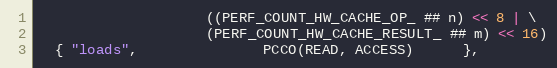
Language: C++
                    ((PERF_COUNT_HW_CACHE_OP_ ## n) << 8 | \
                    (PERF_COUNT_HW_CACHE_RESULT_ ## m) << 16)
  { "loads",               PCCO(READ, ACCESS)      },